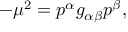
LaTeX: - \mu ^ { 2 } = p ^ { \alpha } g _ { \alpha \beta } p ^ { \beta } ,